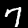
Digit: 7